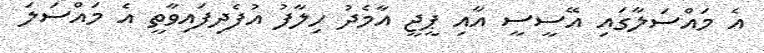
އެ މައްސަލާގައި އޭސީސީ އާއި ޕީޖީ އާމެދު ހިލާފު އުފެދިފައިވާތީ އެ މައްސަލަ